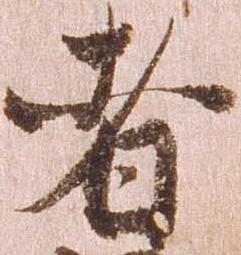
者